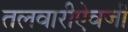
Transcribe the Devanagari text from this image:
तलवारीऐवजी